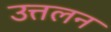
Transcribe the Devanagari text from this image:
उत्तलन